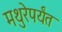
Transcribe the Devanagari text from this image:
मथुरेपर्यंत